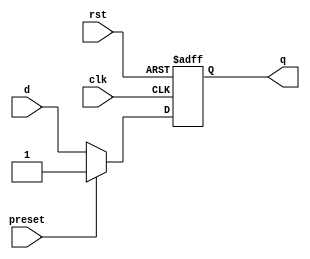
module async_preset_d_ff (
    input wire clk, // Clock signal
    input wire rst, // Reset signal
    input wire d, // Data input
    input wire preset, // Preset input
    output reg q // Data output
);

always @(posedge clk or posedge rst) begin
    if (rst) begin
        q <= 1'b0;
    end else begin
        if (preset) begin
            q <= 1'b1; // Asynchronously preset to '1'
        end else begin
            q <= d; // Store D input on rising edge of clock
        end
    end
end

endmodule